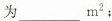
为___m^{2}；